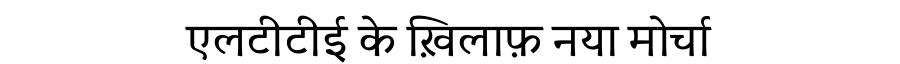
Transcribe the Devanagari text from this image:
एलटीटीई के ख़िलाफ़ नया मोर्चा